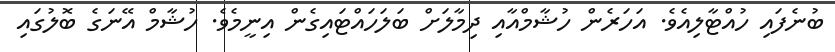
ބުނެފައި ހުއްޓާލިއެވެ. އަހަރެން ހުޝާމްއާއި ދިމާލަށް ބަލަހައްޓައިގެން އިނީމެވެ. ހުޝާމް އޭނަގެ ބޮލުގައި